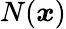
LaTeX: N({\boldsymbol{x}})